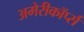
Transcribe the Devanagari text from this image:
अमेरीकॉर्प्स